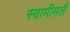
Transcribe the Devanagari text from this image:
स्वामीमलै